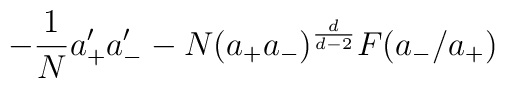
- {1\over N} a_+'  a_-' -N(a_+a_-)^{d\over  d-2}F(a_-/a_+)